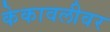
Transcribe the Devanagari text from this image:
केकावलीवर